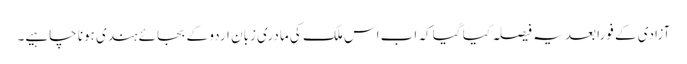
آزادی کے فوراً بعد یہ فیصلہ کیا گیا کہ اب اس ملک کی مادری زبان اردو کے بجائے ہندی ہونا چاہیے۔